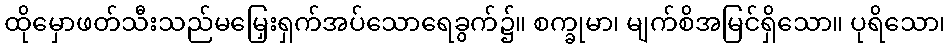
ထိုမှောဖတ်သီးသည်မမြှေးရှက်အပ်သောရေခွက်၌။ စက္ခုမာ၊ မျက်စိအမြင်ရှိသော။ ပုရိသော၊